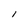
Character: l